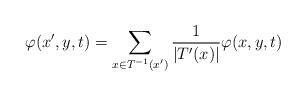
LaTeX: \begin{align*} \varphi(x',y,t)= \sum_{x\in T^{-1}(x')}\frac{1}{\vert T'(x)\vert}\varphi(x,y,t)\end{align*}